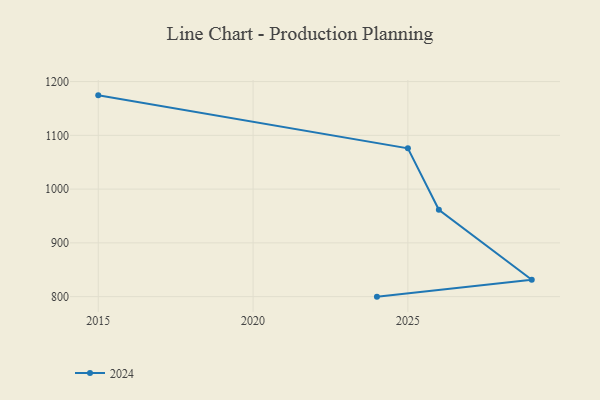
{"axis": {"x": "Year", "y": "Market Share (%)"}, "legend": ["2024"], "data": [{"x": "2015", "y": 1174.4, "type": "2024"}, {"x": "2025", "y": 1075.8, "type": "2024"}, {"x": "2026", "y": 961.5, "type": "2024"}, {"x": "2029", "y": 831.3, "type": "2024"}, {"x": "2024", "y": 800, "type": "2024"}]}